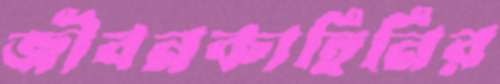
জীবনকাহিনির